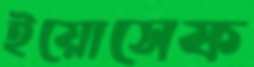
ইয়োসেফ